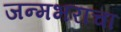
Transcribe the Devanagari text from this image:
जन्मभराचा